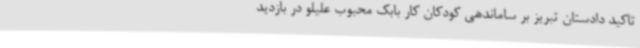
تاکید دادستان تبریز بر ساماندهی کودکان کار بابک محبوب علیلو در بازدید